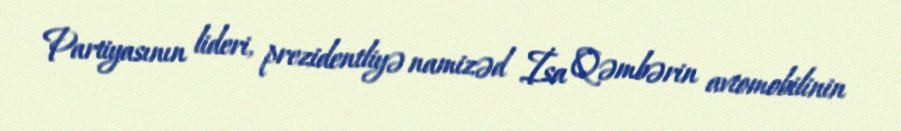
Partiyasının lideri, prezidentliyə namizəd İsa Qəmbərin avtomobilinin